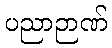
ပညာဉာဏ်